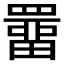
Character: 𮊚